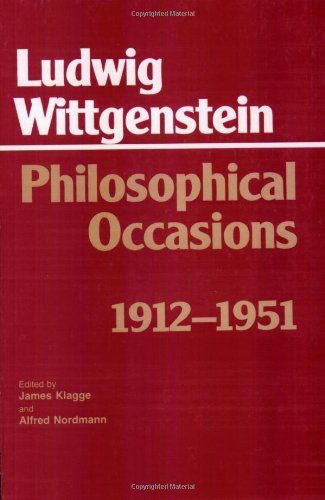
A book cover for Philosophical Occasions: 1912-1951 (Hackett Classics); Ludwig Wittgenstein; Politics & Social Sciences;